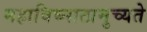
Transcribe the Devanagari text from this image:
महाविघ्नात्प्रमुच्यते